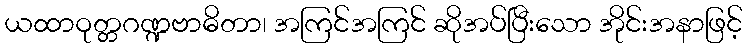
ယထာဝုတ္တဂဏ္ဍဗာဓိတာ၊ အကြင်အကြင် ဆိုအပ်ပြီးသော အိုင်းအနာဖြင့်